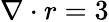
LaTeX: \nabla\cdot r=3